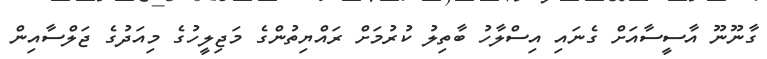
ގާނޫނޫ އާސީސާއަށް ގެނައި އިސްލާހު ބާތިލު ކުރުމަށް ރައްޔިތުންގެ މަޖިލީހުގެ މިއަދުގެ ޖަލްސާއިން